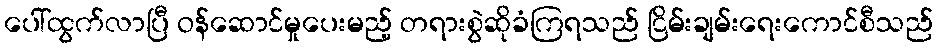
ပေါ်ထွက်လာပြီ ဝန်ဆောင်မှုပေးမည့် တရားစွဲဆိုခံကြရသည် ငြိမ်းချမ်းရေးကောင်စီသည်